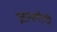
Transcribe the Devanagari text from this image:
ज्ञानयोगी